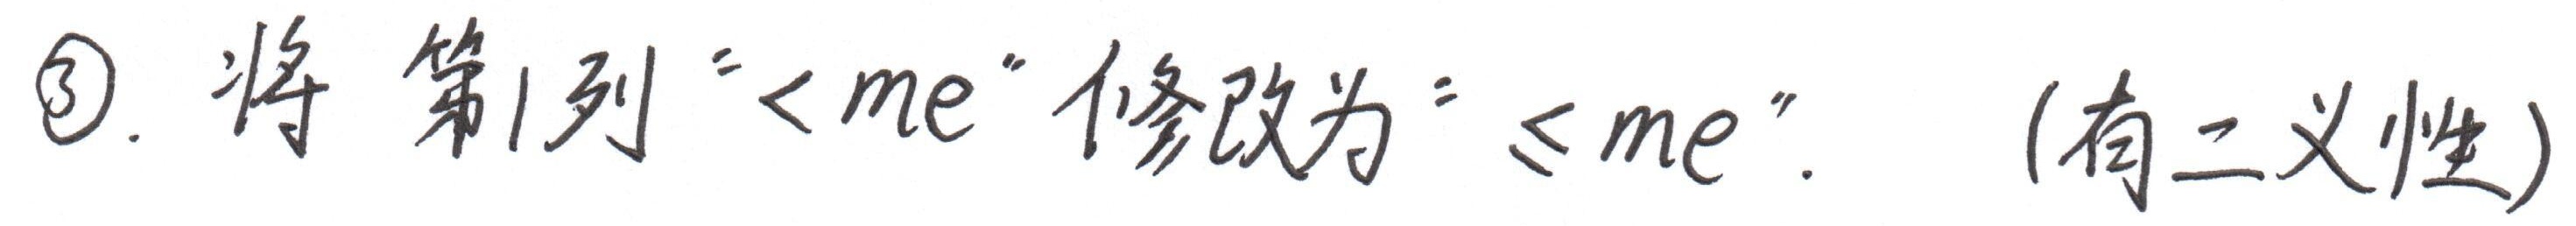
\textcircled{3}. 将第1列 “< me” 修改为 “≤ me”. （有二义性）